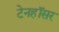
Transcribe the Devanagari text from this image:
टेनहॉसर